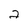
Character: 2